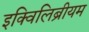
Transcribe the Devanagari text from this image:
इक्विलिब्रीयम